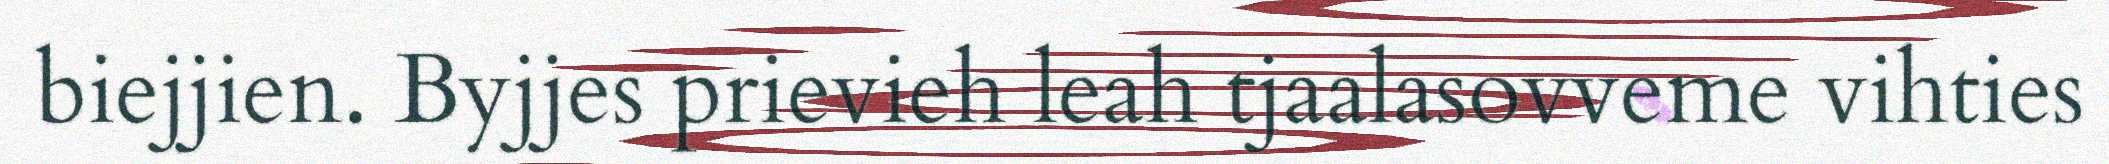
biejjien. Byjjes prievieh leah tjaalasovveme vihties